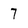
Character: 7